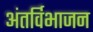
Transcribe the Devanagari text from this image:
अंतर्विभाजन